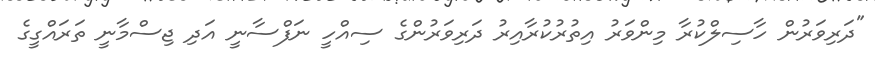
"ދަރިވަރުން ހާސިލްކުރާ މިންވަރު އިތުރުކުރާއިރު ދަރިވަރުންގެ ސިއްހީ ނަފްސާނީ އަދި ޖިސްމާނީ ތަރައްގީގެ